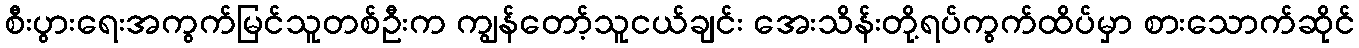
စီးပွားရေးအကွက်မြင်သူတစ်ဦးက ကျွန်တော့်သူငယ်ချင်း အေးသိန်းတို့ရပ်ကွက်ထိပ်မှာ စားသောက်ဆိုင်